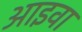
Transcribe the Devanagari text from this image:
आइवा